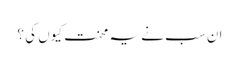
ان سب نے یہ محنت کیوں کی ؟